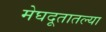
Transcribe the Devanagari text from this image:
मेघदूतातल्या